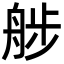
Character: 䑰